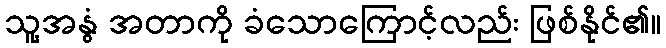
သူ့အနွံ အတာကို ခံသောကြောင့်လည်း ဖြစ်နိုင်၏။